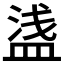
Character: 𥂆